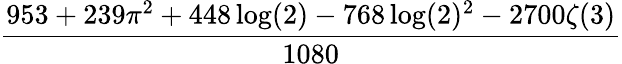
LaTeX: \frac{953+239\pi^{2}+448\log(2)-768\log(2)^{2}-2700\zeta(3)}{1080}